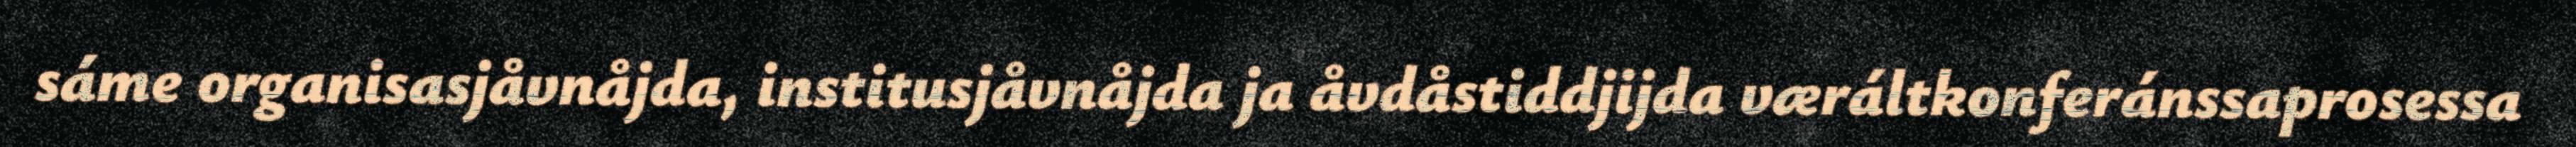
sáme organisasjåvnåjda, institusjåvnåjda ja åvdåstiddjijda væráltkonferánssaprosessa